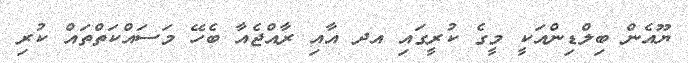
ޔޫއެން ބިލްޑިންއަކީ މީގެ ކުރީގައި އދ އާއި ރާއްޖެއާ ބެހޭ މަސައްކަތްތައް ކުރި